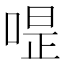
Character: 𠷚